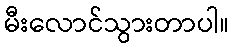
မီးလောင်သွားတာပါ။